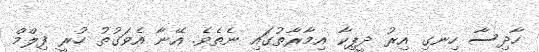
ހާދިސާ ހިނގި އިރު ދީޕިކާ އިމާރާތުގައި ނެތެވެ. އޭނާ އެވަގުތު ހުރީ ފިލްމް